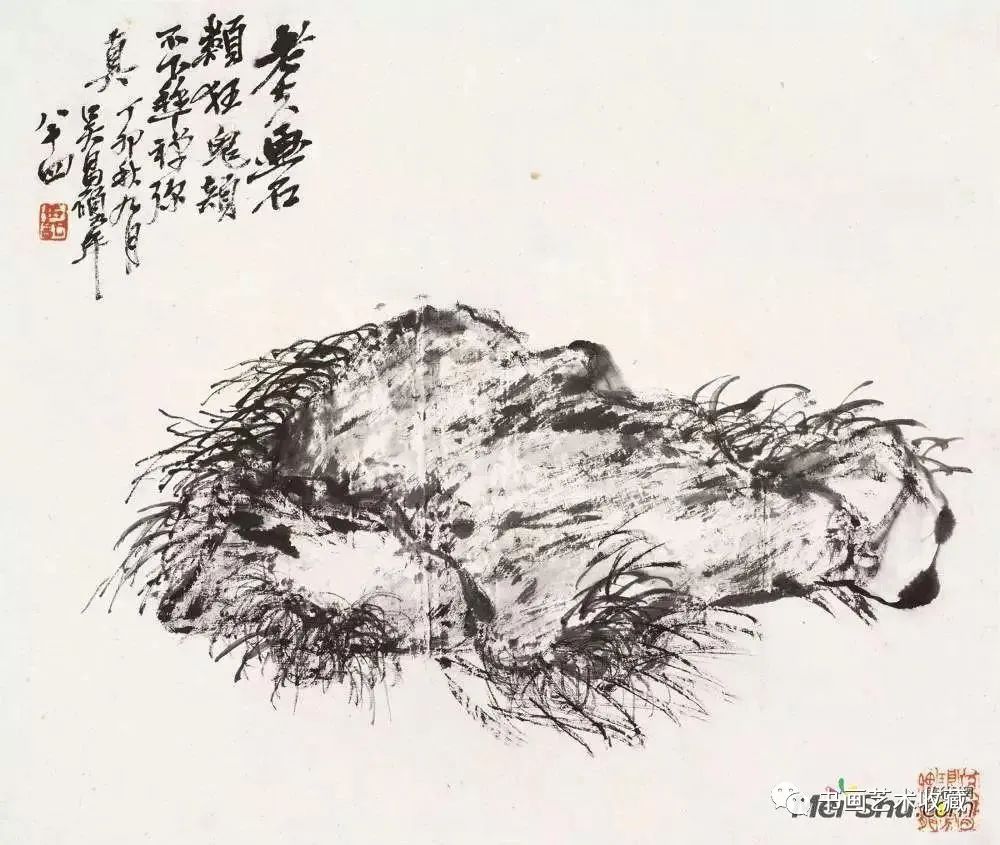
鄂王坟上草离离，秋日荒凉石兽危。